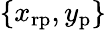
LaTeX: \{ x_{\mathrm{rp}},y_{\mathrm{p}}\}